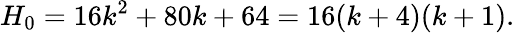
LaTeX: H_{0}=16k^{2}+80k+64=16(k+4)(k+1).